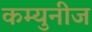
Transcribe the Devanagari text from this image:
कम्युनीज